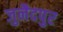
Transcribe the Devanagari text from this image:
जुनैदपुर